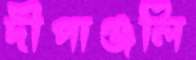
দীপাঞ্জলি